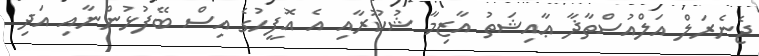
ޖެނެރަލް އަލްއުސްތާޛާ ޢާއިޝަތު އާޒިމާ ޝުކޫރާއި އެ އޮފީހުގެ އިސް ބޭފުޅުންނާއި އަދި